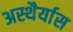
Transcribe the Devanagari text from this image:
अस्थैर्यास